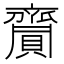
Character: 齎